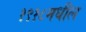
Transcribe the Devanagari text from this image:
१९१८मधील